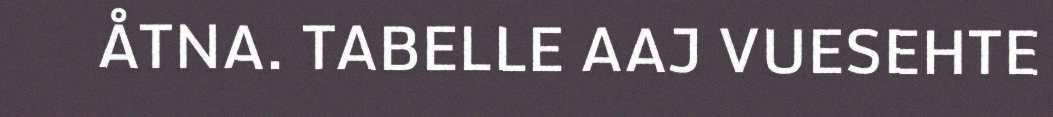
ÅTNA. TABELLE AAJ VUESEHTE